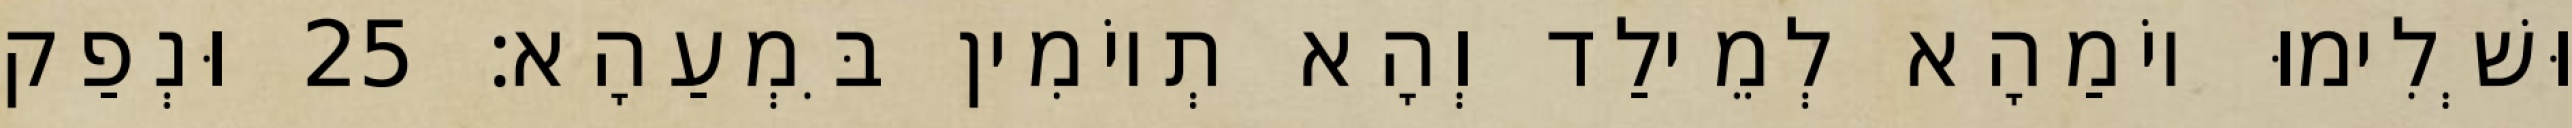
וּשְׁלִימוּ יוֹמַהָא לְמֵילַד וְהָא תְיוֹמִין בִּמְעַהָא׃ 25 וּנְפַק